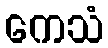
ကေသံ